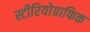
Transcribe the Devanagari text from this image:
स्टीरियोग्राफिक